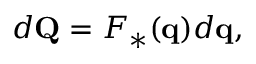
d \mathbf { Q } = F _ { * } ( \mathbf { q } ) d \mathbf { q } ,